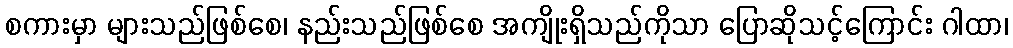
စကားမှာ များသည်ဖြစ်စေ၊ နည်းသည်ဖြစ်စေ အကျိုးရှိသည်ကိုသာ ပြောဆိုသင့်ကြောင်း ဂါထာ၊